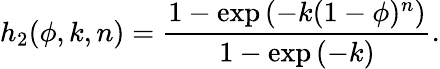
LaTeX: h_{2}(\phi,k,n)=\frac{1-\exp{\left(-k(1-\phi)^{n}\right)}}{1-\exp{\left(-k\right)}}.